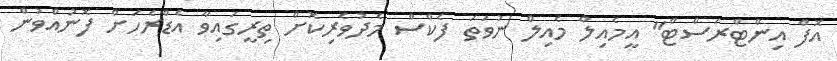
އޮފް އިންޓްރަސްޓް" އީމެއިލް މެއިލް ނުވަތަ ފެކްސް މެދުވެރިކޮށް ތިރީގައިވާ އެޑްރެހަށް ފޮނުއްވުން